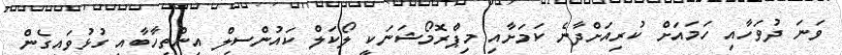
ވަނަ ދުވަހާއި ހަމައަށް ކުރިއަށްދާނެ ކަމަށާއި މިޕްރޮމޯޝަނަކީ ލޯކަލް ކައުންސިލް އިންތިހާބާއި ގުޅުވައިގެން